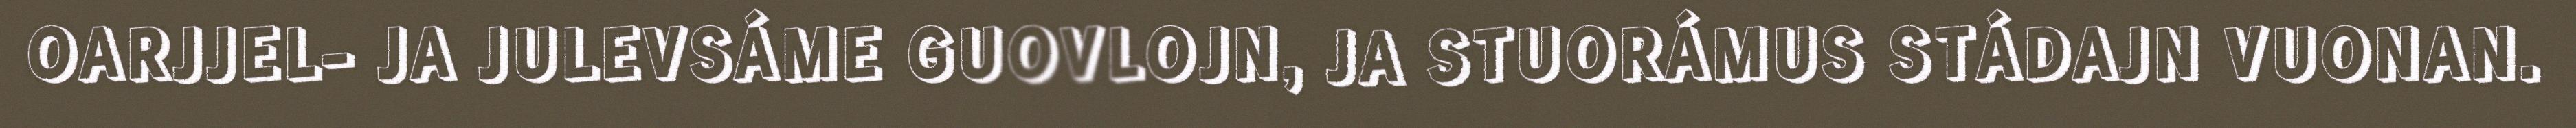
OARJJEL- JA JULEVSÁME GUOVLOJN, JA STUORÁMUS STÁDAJN VUONAN.